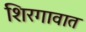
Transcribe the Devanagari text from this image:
शिरगावात